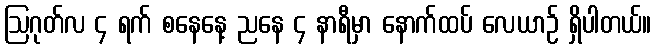
ဩဂုတ်လ ၄ ရက် စနေနေ့ ညနေ ၄ နာရီမှာ နောက်ထပ် လေယာဉ် ရှိပါတယ်။